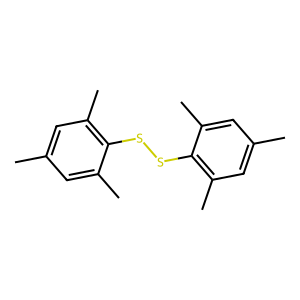
SMILES: Cc1cc(C)c(SSc2c(C)cc(C)cc2C)c(C)c1
Inhibits HIV replication: No